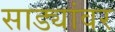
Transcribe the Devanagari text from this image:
साड्यांवर